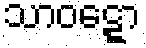
သာဝဋ္ဋော